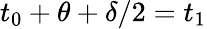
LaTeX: t_{0}+\theta+\delta/2=t_{1}